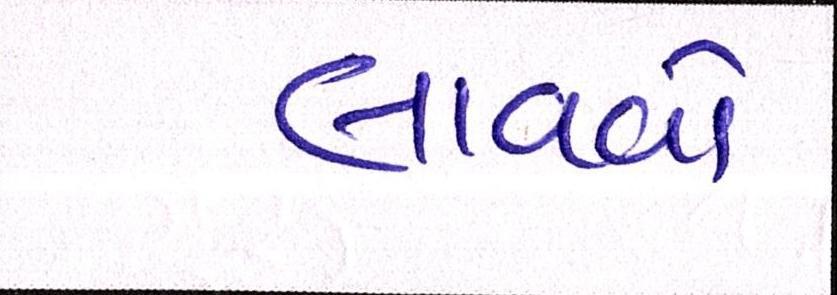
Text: લાવવો